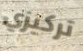
تركيزي